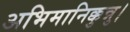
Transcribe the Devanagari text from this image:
अभिमानिक्कुन्नु।